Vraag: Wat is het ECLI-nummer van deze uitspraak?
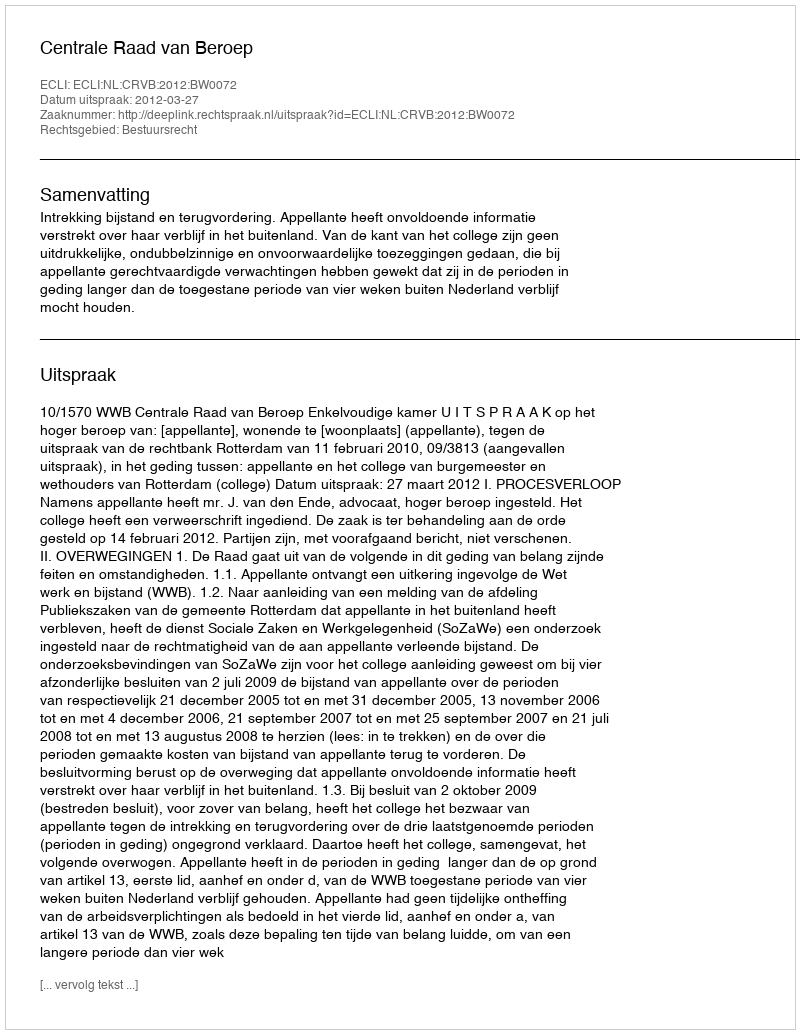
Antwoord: ECLI:NL:CRVB:2012:BW0072